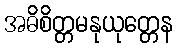
အဓိစိတ္တမနုယုတ္တေန